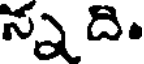
న్నది.